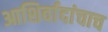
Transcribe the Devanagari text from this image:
आशिर्वादांचाच